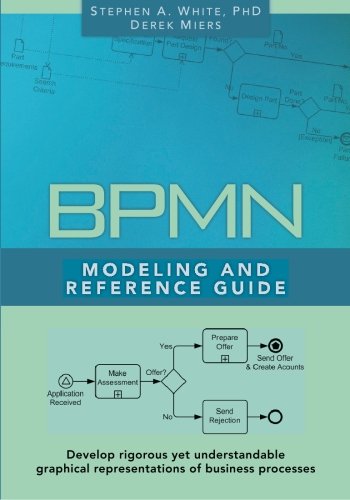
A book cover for BPMN Modeling and Reference Guide; Business & Money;